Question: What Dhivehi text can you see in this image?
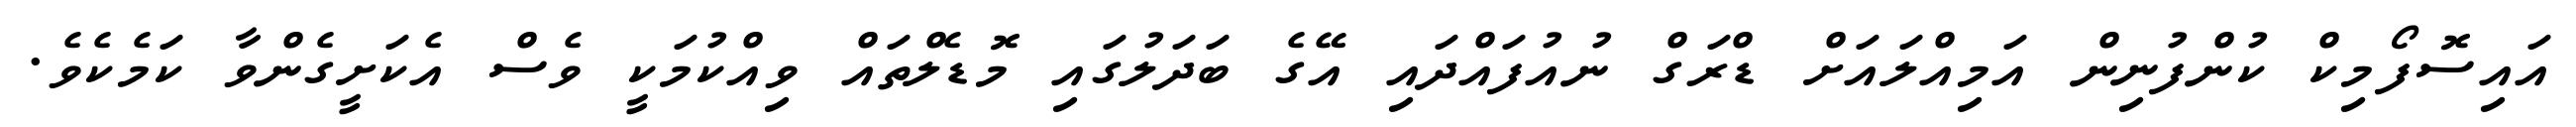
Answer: އައިސޮފޯމިކް ކުންފުނިން އަމިއްލައަށް ޑްރަގް ނުއުފައްދައި އޭގެ ބަދަލުގައި މޮޑެލްތައް ވިއްކުމަކީ ވެސް އެކަށީގެންވާ ކަމެކެވެ.